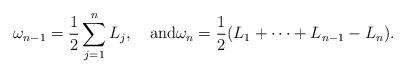
LaTeX: \begin{align*}\omega_{n-1}=\frac{1}{2}\sum_{j=1}^nL_j, \quad\textrm{and}\omega_n=\frac{1}{2}(L_1+\dots+L_{n-1}-L_n).\end{align*}